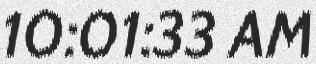
10:01:33 AM